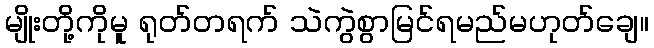
မျိုးတို့ကိုမူ ရုတ်တရက် သဲကွဲစွာမြင်ရမည်မဟုတ်ချေ။